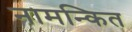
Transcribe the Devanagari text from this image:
नामन्कित